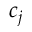
c _ { j }